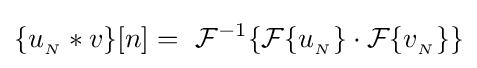
\{u_{_{N}}*v\}[n]=\ {\mathcal {F}}^{-1}\{{\mathcal {F}}\{u_{_{N}}\}\cdot {\mathcal {F}}\{v_{_{N}}\}\}